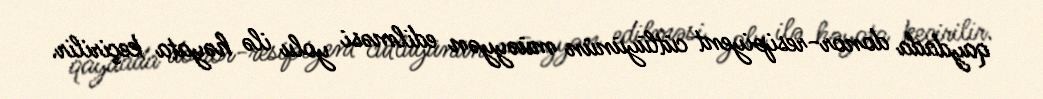
qaydada donor-resipiyent cütlüyünün müəyyən edilməsi yolu ilə həyata keçirilir.